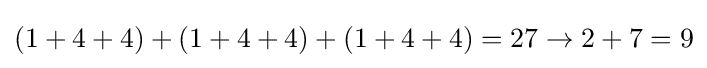
(1+4+4)+(1+4+4)+(1+4+4)=27\rightarrow 2+7=9